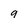
Character: 9